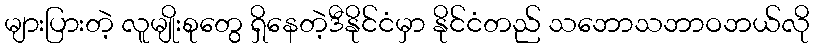
များပြားတဲ့ လူမျိုးစုတွေ ရှိနေတဲ့ဒီနိုင်ငံမှာ နိုင်ငံတည် သဘောသဘာဝဘယ်လို